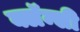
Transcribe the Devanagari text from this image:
क्लॅन्सी